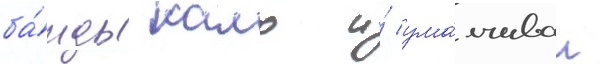
ба́нды камо и́ ума́лчивал